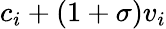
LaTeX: c_{i}+(1+\sigma)v_{i}